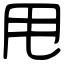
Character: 甩